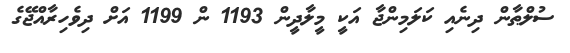
ސުލްޠާން ދިނެއި ކަލަމިންޖާ އަކީ މީލާދީން 1193 ން 1199 އަށް ދިވެހިރާއްޖޭގެ